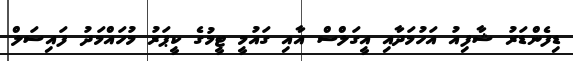
ޑިފެންޑަރު ޝާފިއު އަހުމަދާއި އީގަލްސް އާއި ގައުމީ ޓީމުގެ ކީޕަރު މުހައްމަދު ފައިސަލް